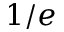
1 / e